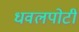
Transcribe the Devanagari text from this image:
धवलपोटी